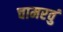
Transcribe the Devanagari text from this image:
चामरवुं